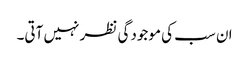
ان سب کی موجودگی نظر نہیں آتی۔